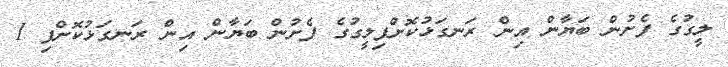
ލީގުގެ ފެށުން ބަޔާން އިން ރަނގަޅުކޮށްފިލީގުގެ ފެށުން ބަޔާން އިން ރަނގަޅުކޮށްފި 1